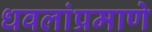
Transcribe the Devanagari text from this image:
धवलांप्रमाणे